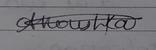
Signature authenticity: genuine